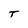
Character: T